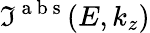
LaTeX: \mathfrak{I}^{\mathrm{{~a~b~s~}}}(E,k_{z})